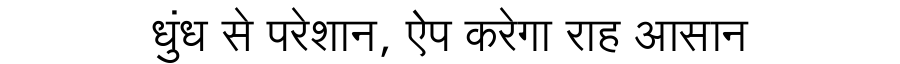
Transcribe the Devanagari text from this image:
धुंध से परेशान, ऐप करेगा राह आसान